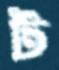
ট